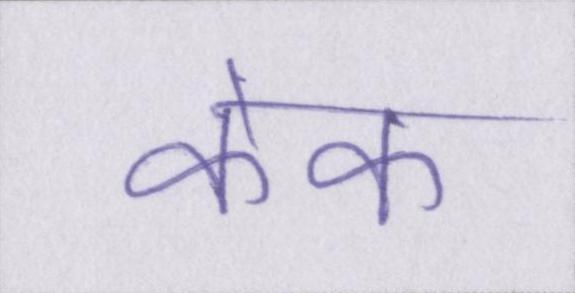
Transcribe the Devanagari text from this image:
केक